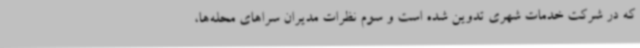
که در شرکت خدمات شهری تدوین شده است و سوم نظرات مدیران سراهای محله‌ها،